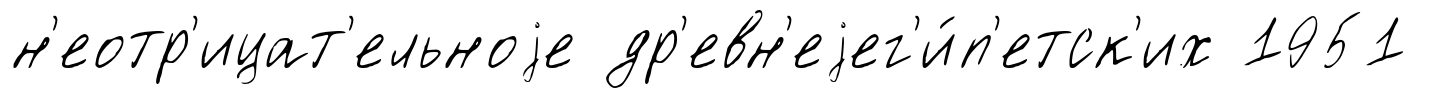
н'еотр'ицат'ельноjе др'евн'еjег'и́п'етск'их 1951